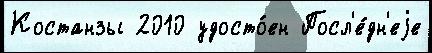
Костанзы 2010 удосто́ен Посл'е́дн'еjе